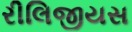
રીલિજીયસ